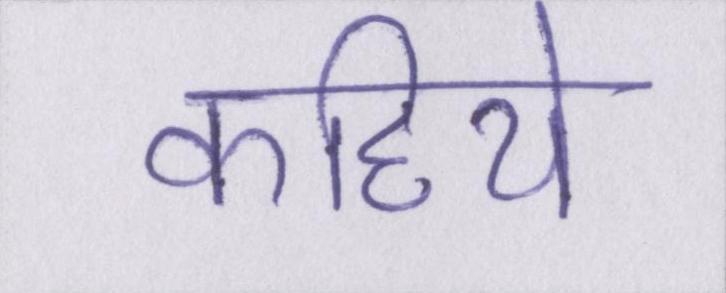
कहिये